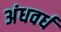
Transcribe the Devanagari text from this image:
अंधवर्ध